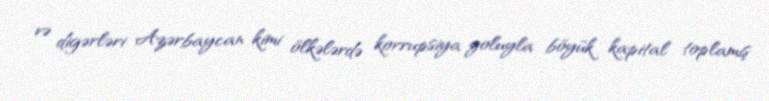
və digərləri Azərbaycan kimi ölkələrdə korrupsiya yoluyla böyük kapital toplamış